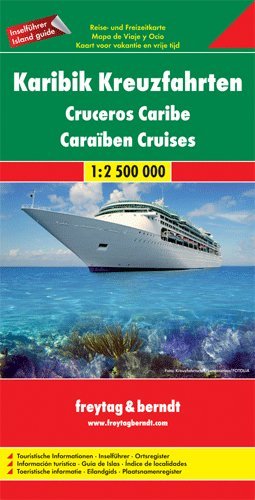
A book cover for Caribbean Cruise 1:2,500,000 Map, 2011 edition (Antigua Barbados Dominican Republic Grenada Guadeloupe Haiti Jamaica Cuba Martinique Nevis Panama Canal Puerto Rico St. Kitts St. Lucia St. Vincent); Freytag Berndt; Travel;